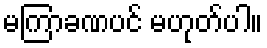
မကြာခဏပင် မဟုတ်ပါ။